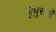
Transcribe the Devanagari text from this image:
घुंघुरूओं